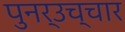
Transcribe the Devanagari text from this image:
पुनर्उच्चार